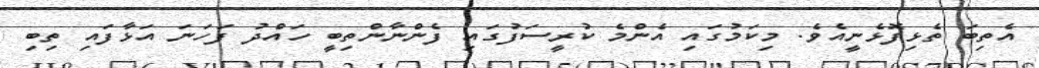
އެތިބަ ތެޅިފޮޅެނީއެވެ. މިކަމުގައި އެންމެ ކުރީސަފުގައި ފެންނާންތިބީ ހައްދު ފަހަނަ އަޅާފައި ތިބި